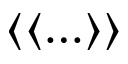
\langle \langle \ldots \rangle \rangle